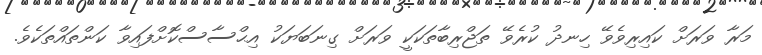
މަރާ ވަރަށް ކައިރިވެވޭ ހިނދު ކުރެވޭ ތަޖްރިބާތަކަކީ ވަރަށް ގިނަބަޔަކު އިޙްސާސްކޮށްފައިވާ ކަންތައްތަކެވެ.